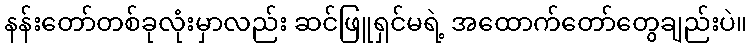
နန်းတော်တစ်ခုလုံးမှာလည်း ဆင်ဖြူရှင်မရဲ့ အထောက်တော်တွေချည်းပဲ။